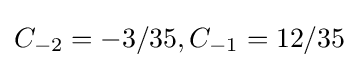
C_{-2}=-3/35,C_{-1}=12/35